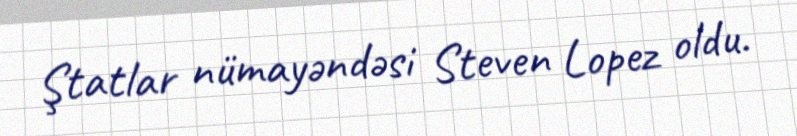
Ştatlar nümayəndəsi Steven Lopez oldu.